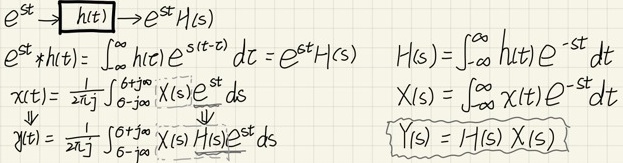
\[
\begin{align*}
e^{st}\to\boxed{h(t)}\to e^{st}H(s)\\
e^{st}*h(t)&=\int_{-\infty}^{\infty}h(\tau)e^{s(t - \tau)}d\tau=e^{st}H(s)\quad H(s)=\int_{-\infty}^{\infty}h(t)e^{-st}dt\\
x(t)&=\frac{1}{2\pi j}\int_{\sigma - j\infty}^{\sigma + j\infty}X(s)e^{st}ds\quad X(s)=\int_{-\infty}^{\infty}x(t)e^{-st}dt\\
y(t)&=\frac{1}{2\pi j}\int_{\sigma - j\infty}^{\sigma + j\infty}X(s)H(s)e^{st}ds\quad Y(s)=H(s)X(s)
\end{align*}
\]